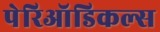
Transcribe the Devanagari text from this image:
पेरिऑडिकल्स